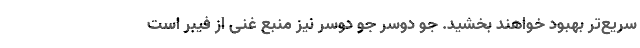
سریع‌تر بهبود خواهند بخشید. جو دوسر جو دوسر نیز منبع غنی از فیبر است